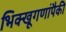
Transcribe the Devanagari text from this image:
भिक्खूगणांपैकी